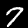
Label: 7